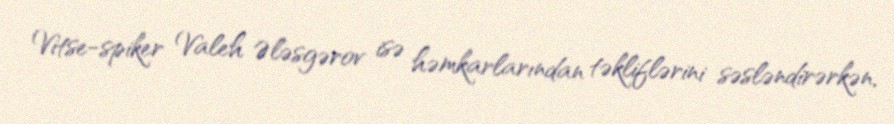
Vitse-spiker Valeh Ələsgərov isə həmkarlarından təkliflərini səsləndirərkən,